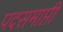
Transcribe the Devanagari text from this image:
पदसमाप्ती